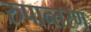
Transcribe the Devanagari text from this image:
रुपान्‍तरण